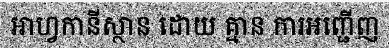
អាហ្វកានីស្ថាន ដោយ គ្មាន ការអញ្ជើញ